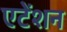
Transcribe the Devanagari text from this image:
एटेंशन